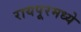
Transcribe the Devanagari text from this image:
रायपूरमध्ये